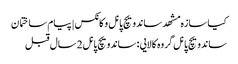
کیا سازه مشهد ساندویچ پانل و کانکس | پیام ساختمان
ساندویچ پانل گروه کالایی : ساندویچ پانل2 سال قبل